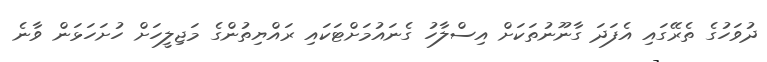
ދުވަހުގެ ތެރޭގައި އެފަދަ ގާނޫނުތަކަށް އިސްލާހު ގެނައުމަށްޓަކައި ރައްޔިތުންގެ މަޖިލީހަށް ހުށަހަޅަން ވާނެ